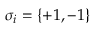
\sigma _ { i } = \{ + 1 , - 1 \}